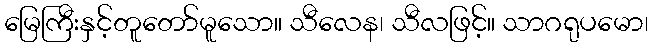
မြေကြီးနှင့်တူတော်မူသော။ သီလေန၊ သီလဖြင့်။ သာဂရုပမော၊